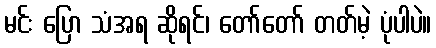
မင်း ပြော သံအရ ဆိုရင်၊ တော်တော် တတ်မဲ့ ပုံပါပဲ။